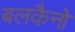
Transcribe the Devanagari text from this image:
बलकैनो